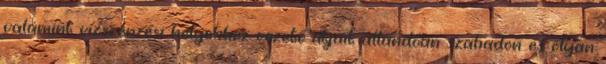
valamint vízszerzési helyekhez vezető útjait állandóan szabadon és olyan